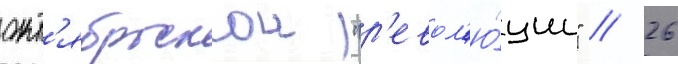
окт'ябрьскои "р'евол'ю́ции" // 26